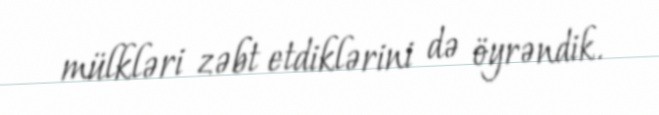
mülkləri zəbt etdiklərini də öyrəndik.